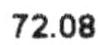
72.08